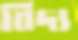
বিদ্য